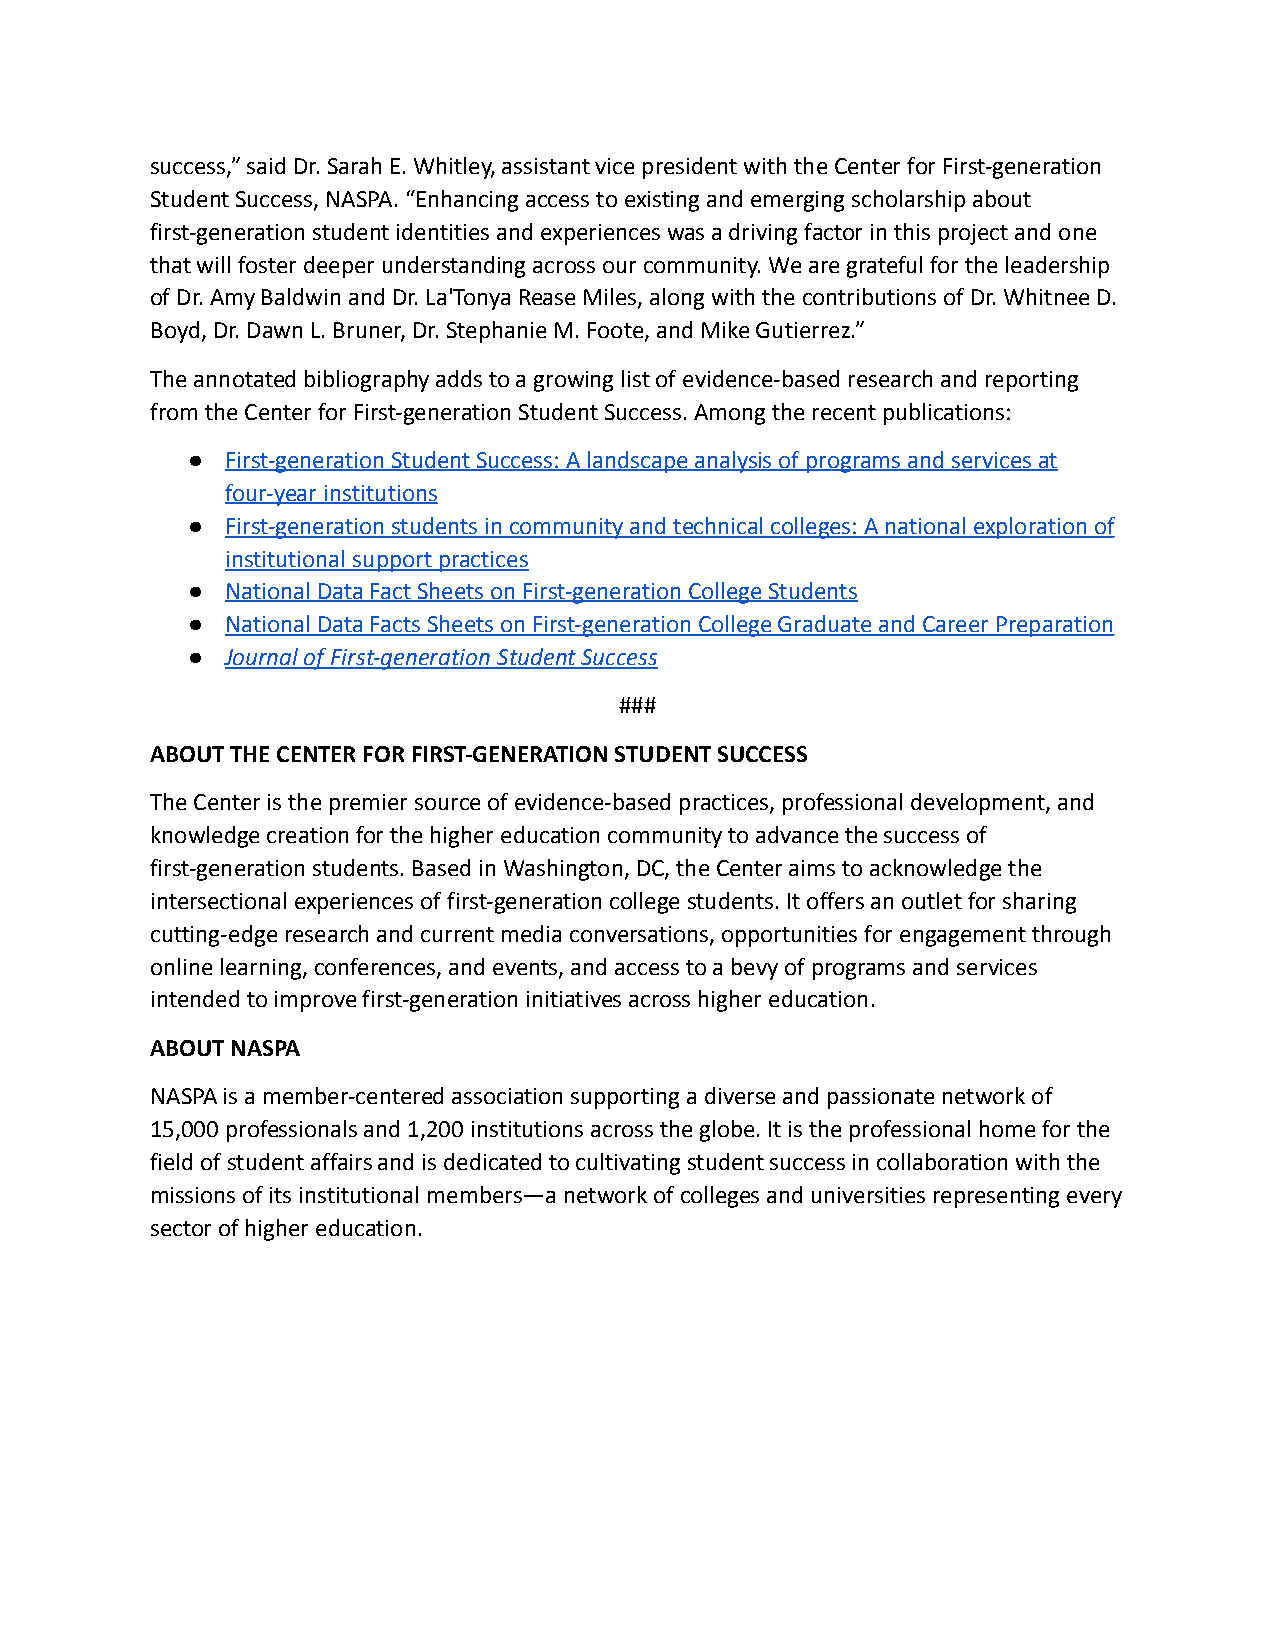
success,” said Dr. Sarah E. Whitley, assistant vice president with the Center for First-generation
 Student Success, NASPA. “Enhancing access to existing and emerging scholarship about
 first-generation student identities and experiences was a driving factor in this project and one
 that will foster deeper understanding across our community. We are grateful for the leadership
 of Dr. Amy Baldwin and Dr. La'Tonya Rease Miles, along with the contributions of Dr. Whitnee D.
 Boyd, Dr. Dawn L. Bruner, Dr. Stephanie M. Foote, and Mike Gutierrez.”
 The annotated bibliography adds to a growing list of evidence-based research and reporting
 from the Center for First-generation Student Success. Among the recent publications:
 ●  First-generation Student Success: A landscape analysis of programs and services at
 four-year institutions
 ●  First-generation students in community and technical colleges: A national exploration of
 institutional support practices
 ●  National Data Fact Sheets on First-generation College Students
 ●  National Data Facts Sheets on First-generation College Graduate and Career Preparation
 ●  Journal of First-generation Student Success
 ###
 ABOUT THE CENTER FOR FIRST-GENERATION STUDENT SUCCESS
 The Center is the premier source of evidence-based practices, professional development, and
 knowledge creation for the higher education community to advance the success of
 first-generation students. Based in Washington, DC, the Center aims to acknowledge the
 intersectional experiences of first-generation college students. It offers an outlet for sharing
 cutting-edge research and current media conversations, opportunities for engagement through
 online learning, conferences, and events, and access to a bevy of programs and services
 intended to improve first-generation initiatives across higher education.
 ABOUT NASPA
 NASPA is a member-centered association supporting a diverse and passionate network of
 15,000 professionals and 1,200 institutions across the globe. It is the professional home for the
 field of student affairs and is dedicated to cultivating student success in collaboration with the
 missions of its institutional members—a network of colleges and universities representing every
 sector of higher education.